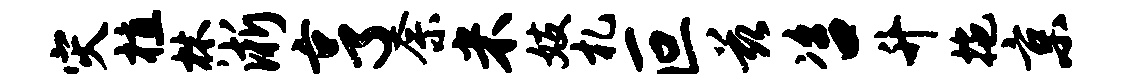
灾植林淅亨奈米妓札叵兹咨升拖京